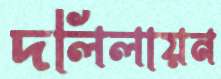
দলিলায়ন